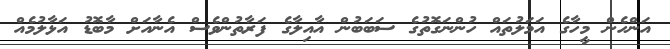
އަންހެން މީހާގެ އަމަލުތައް ހުންނަގޮތުގެ ސަބަބުން އާއިލާގެ ފަރާތުންވެސް އެނާއަށް މާބޮޑު އަޅާލުމެއް